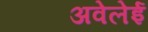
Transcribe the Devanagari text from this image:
अवेलेई